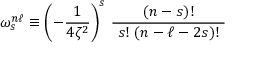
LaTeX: \omega _ { s } ^ { n \ell } \equiv \left( - { \frac { 1 } { 4 \zeta ^ { 2 } } } \right) ^ { s } \, { \frac { ( n - s ) ! } { ~ s ! ~ ( n - \ell - 2 s ) ! ~ } }